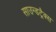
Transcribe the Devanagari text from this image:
साउन्डट्रैक्स